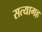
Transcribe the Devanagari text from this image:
सत्यागह